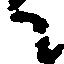
て